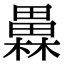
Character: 𤳥